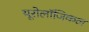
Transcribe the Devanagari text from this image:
यूरोलॉजिकल